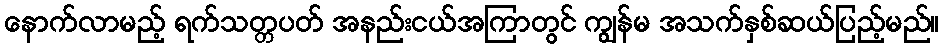
နောက်လာမည့် ရက်သတ္တပတ် အနည်းငယ်အကြာတွင် ကျွန်မ အသက်နှစ်ဆယ်ပြည့်မည်။